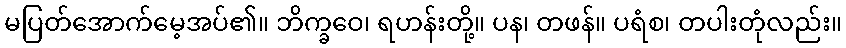
မပြတ်အောက်မေ့အပ်၏။ ဘိက္ခဝေ၊ ရဟန်းတို့။ ပန၊ တဖန်။ ပရံစ၊ တပါးတုံလည်း။